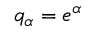
q _ { \alpha } = e ^ { \alpha }